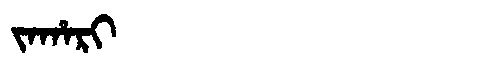
Manchu: ᠵᠠᡥᠠᡵᡳ
Romanization: JAHARI